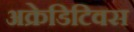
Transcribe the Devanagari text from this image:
अक्रेडिटिवस